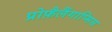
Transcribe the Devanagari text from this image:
प्रोफ़ैलैंगाप्सिस